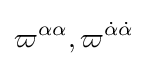
\varpi ^{\alpha \alpha },\varpi ^{{\dot {\alpha }}{\dot {\alpha }}}